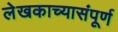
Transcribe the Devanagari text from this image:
लेखकाच्यासंपूर्ण